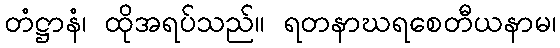
တံဋ္ဌာနံ၊ ထိုအရပ်သည်။ ရတနာဃရစေတီယနာမ၊